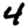
Digit: 4